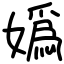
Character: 嬀